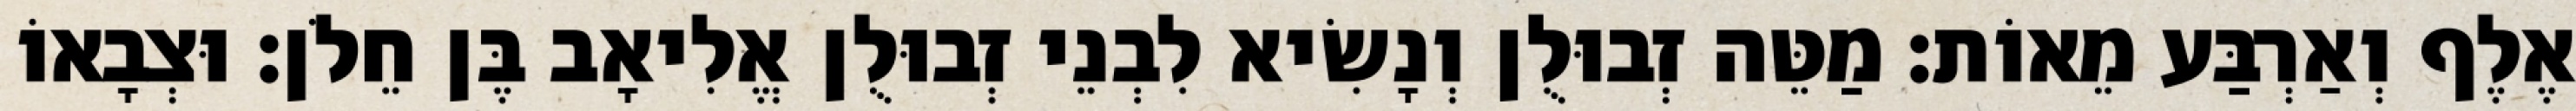
אֶלֶף וְאַרְבַּע מֵאוֹת׃ מַטֵּה זְבוּלֻן וְנָשִׂיא לִבְנֵי זְבוּלֻן אֱלִיאָב בֶּן חֵלֹן׃ וּצְבָאוֹ